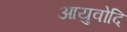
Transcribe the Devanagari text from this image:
आयुवोदि